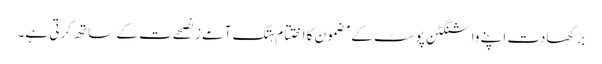
برکھادت اپنے واشنگٹن پوسٹ کے مضمون کا اختتام ہتک آمےز نصحےت کے ساتھ کرتی ہے۔